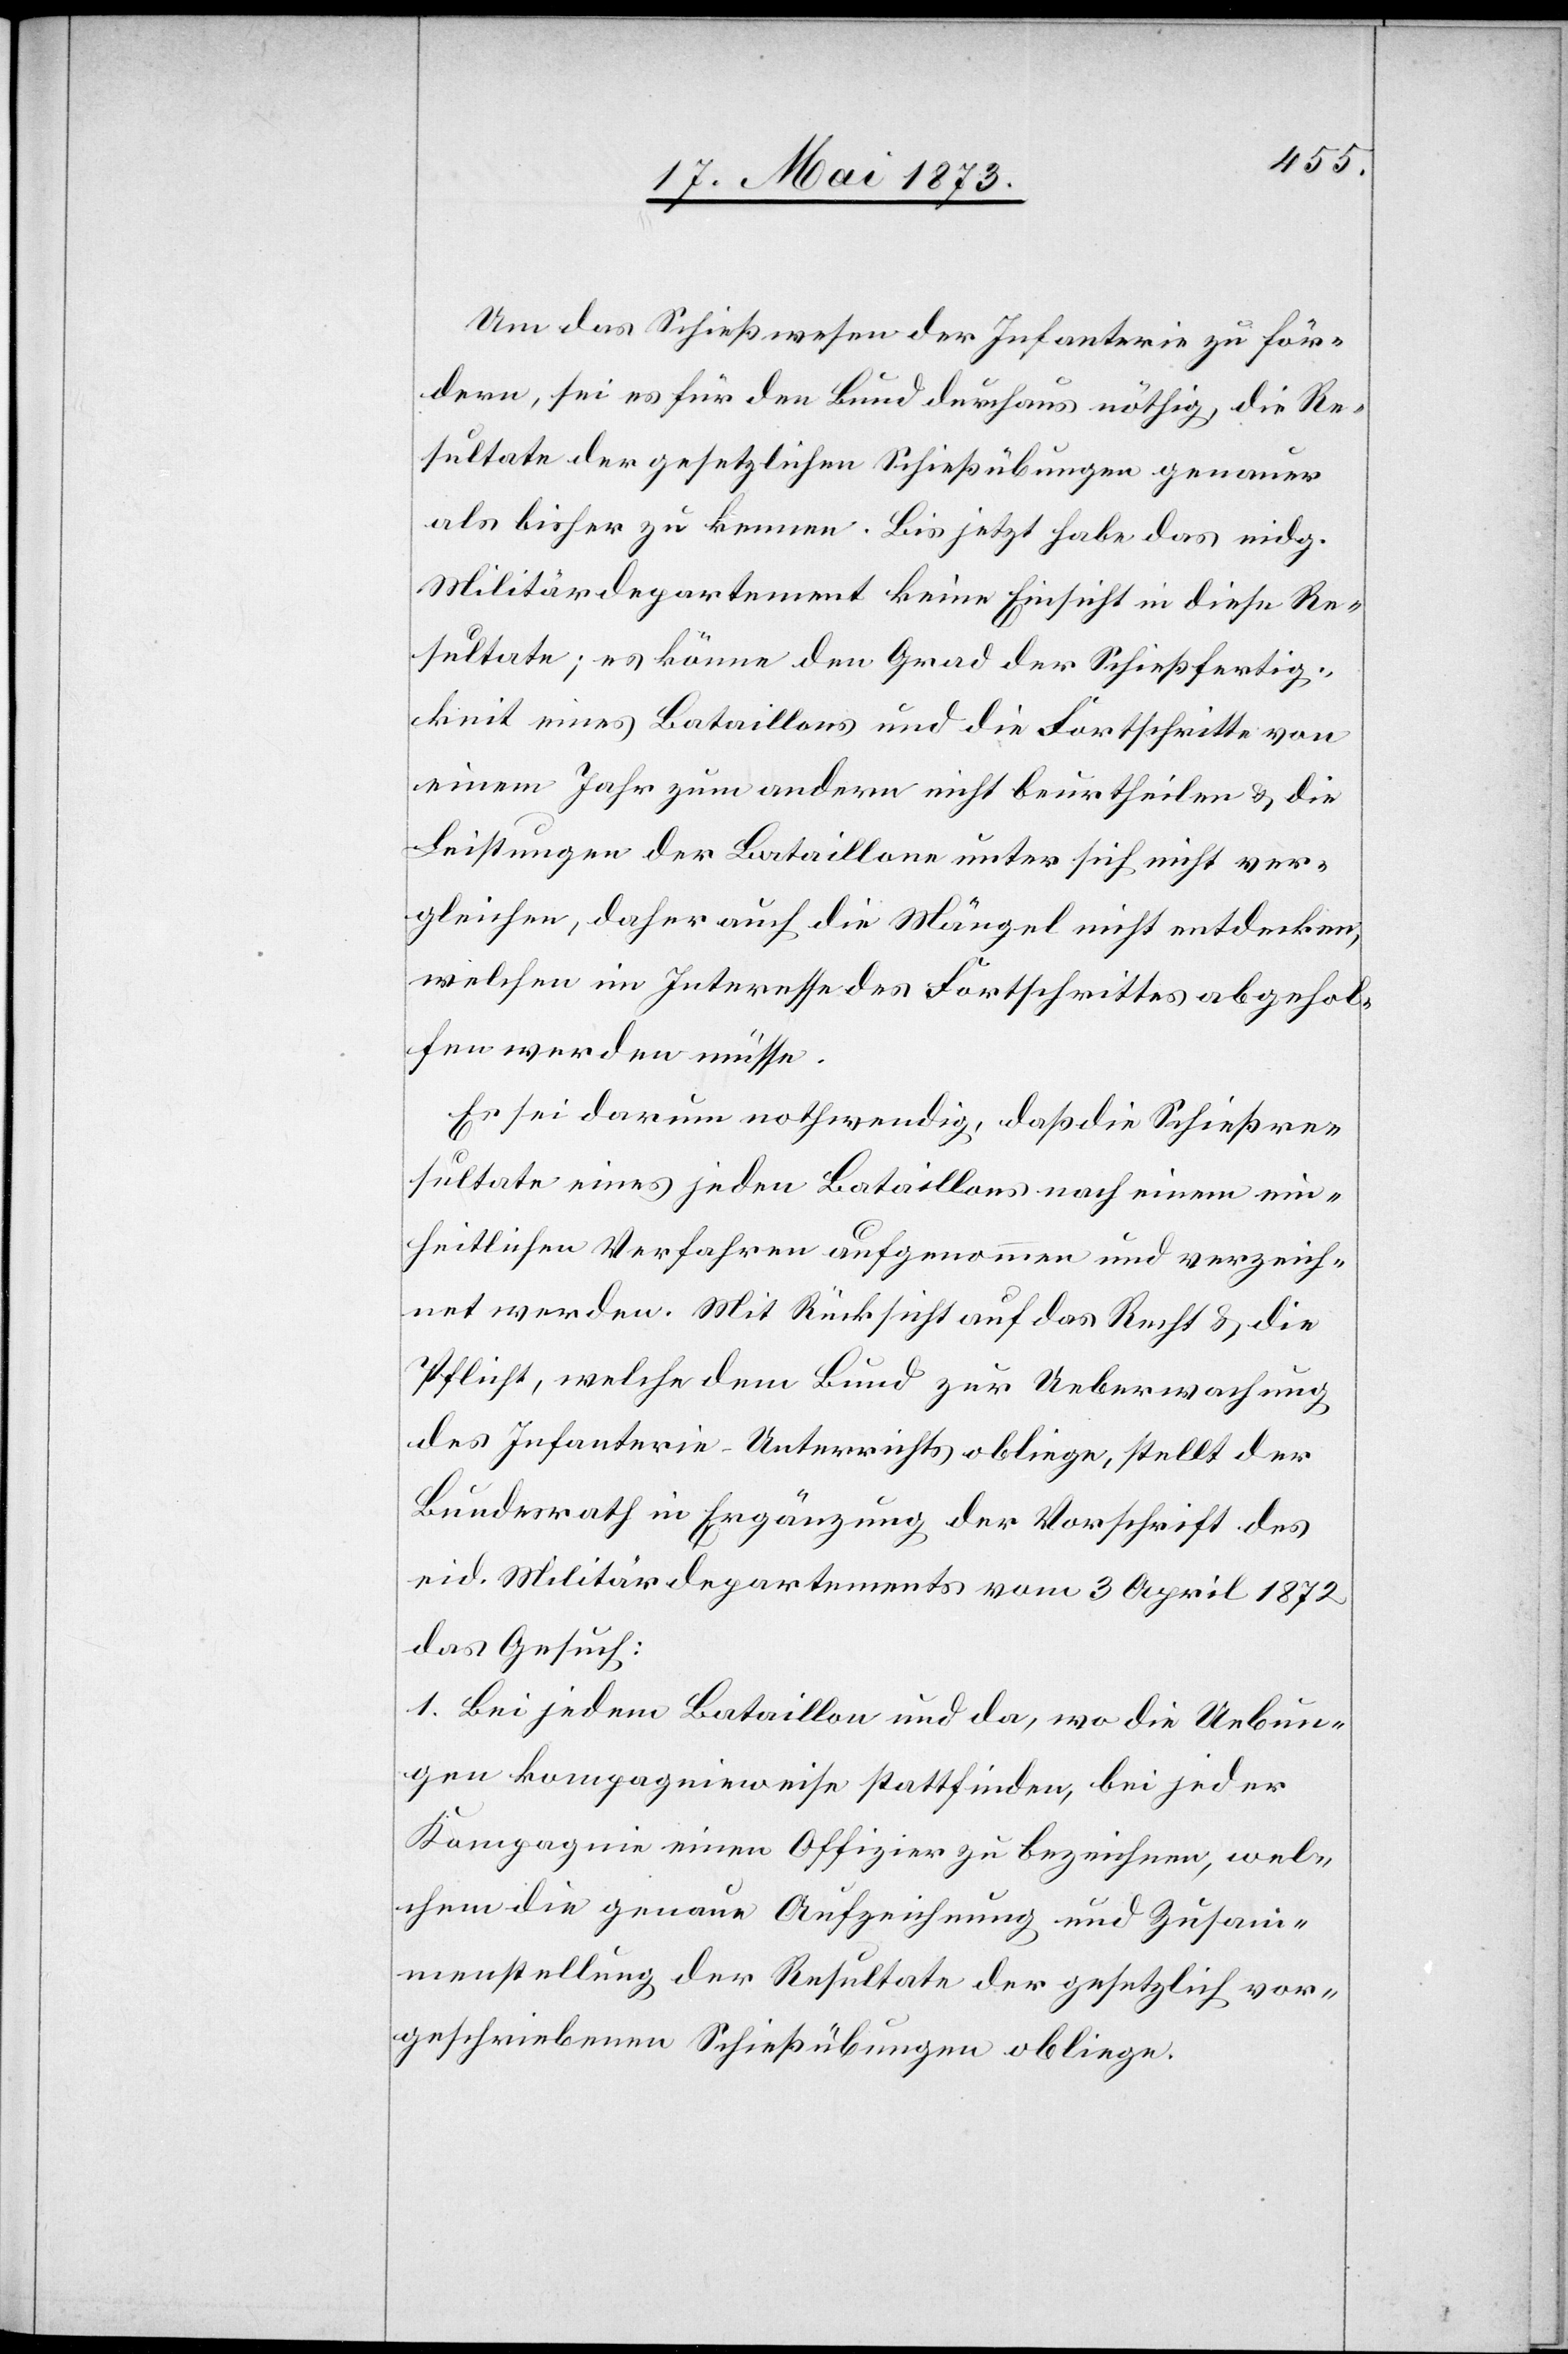
Um das Schießwesen der Infanterie zu för¬
dern, sei es für den Bund durchaus nöthig, die Re¬
sultate der gesetzlichen Schießübungen genauer
als bisher zu kennen. Bis jetzt habe das eidg.
Militärdepartement keine Einsicht in diese Re¬
sultate; es könne den Grad der Schießfertig¬
keit eines Bataillons und die Fortschritte von
einem Jahr zum andern nicht beurtheilen & die
Leistungen der Bataillone unter sich nicht ver¬
gleichen, daher auch die Mängel nicht entdecken,
welchen im Interesse des Fortschrittes abgehol¬
fen werden müsse.
Es sei darum nothwendig, daß die Schießre¬
sultate eines jeden Bataillons nach einem ein¬
heitlichen Verfahren aufgenommen und verzeich¬
net werden. Mit Rücksicht auf das Recht & die
Pflicht, welche dem Bund zur Ueberwachung
des Infanterie-Unterrichts obliege, stellt der
Bundesrath in Ergänzung der Vorschrift des
eid. Militärdepartements vom 3 April 1872
das Gesuch:
1. Bei jedem Bataillon und da, wo die Uebun¬
gen kompagnieweise stattfinden, bei jeder
Kompagnie einen Offizier zu bezeichnen, wel¬
chem die genaue Aufzeichnung und Zusam¬
menstellung der Resultate der gesetzlich vor¬
geschriebenen Schießübungen obliege.